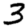
Digit: 3